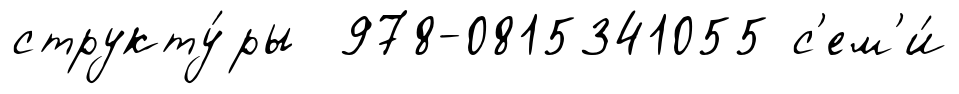
структу́ры 978-0815341055 с'ем'и́